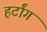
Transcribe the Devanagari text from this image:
हर्टांग